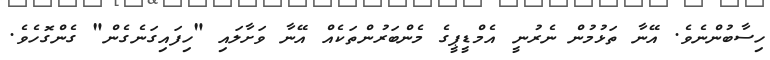
ހިސާބުންނެވެ. އޭނާ ތަޅުމުން ނެރުނީ އެމްޑީޕީގެ މެންބަރުންތަކެއް އޭނާ ވަށާލައި "ހިފައިގަނެގެން" ގެންގޮހެވެ.